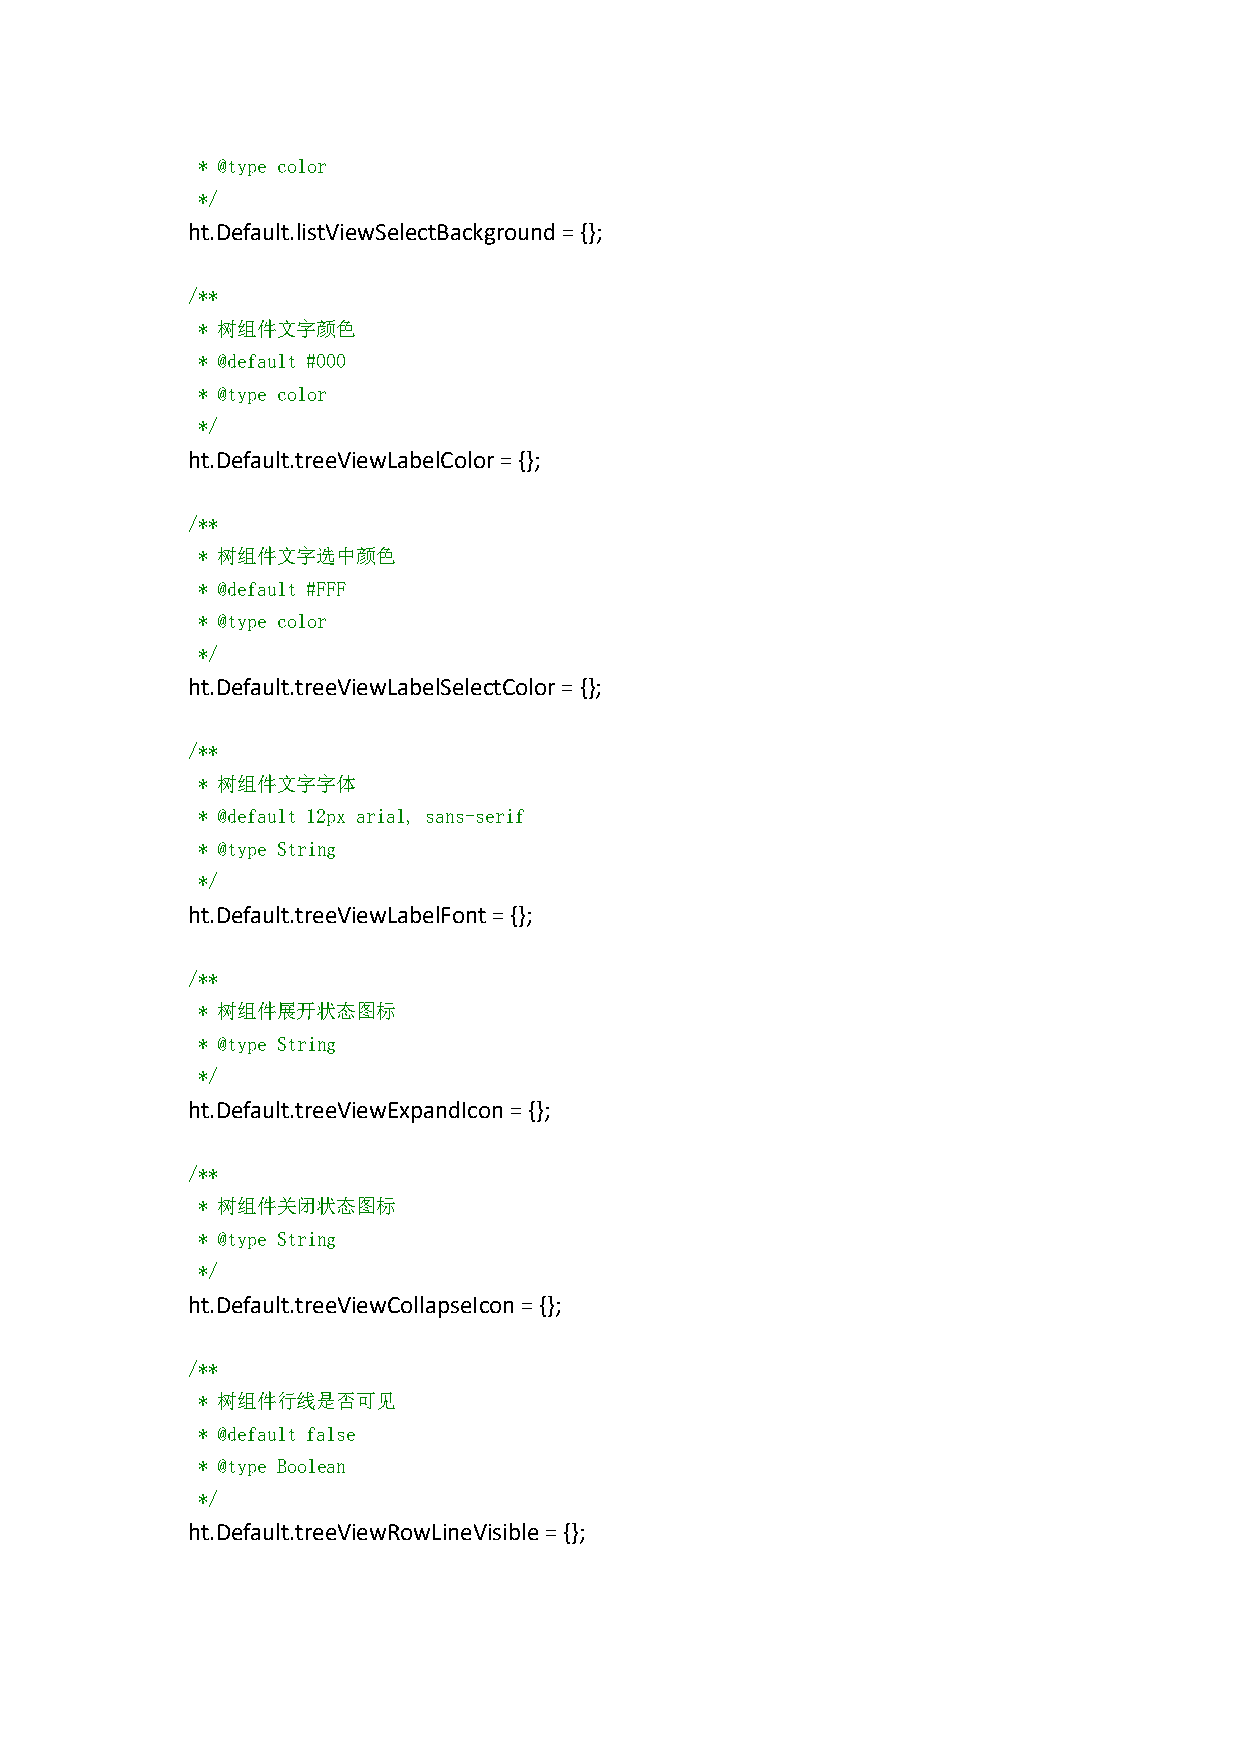
* @type color
 */
 ht.Default.listViewSelectBackground={};
 /**
 * 树组件文字颜色
 * @default #000
 * @type color
 */
 ht.Default.treeViewLabelColor={};
 /**
 * 树组件文字选中颜色
 * @default #FFF
 * @type color
 */
 ht.Default.treeViewLabelSelectColor={};
 /**
 * 树组件文字字体
 * @default 12px arial, sans-serif
 * @type String
 */
 ht.Default.treeViewLabelFont={};
 /**
 * 树组件展开状态图标
 * @type String
 */
 ht.Default.treeViewExpandIcon={};
 /**
 * 树组件关闭状态图标
 * @type String
 */
 ht.Default.treeViewCollapseIcon={};
 /**
 * 树组件行线是否可见
 * @default false
 * @type Boolean
 */
 ht.Default.treeViewRowLineVisible={};